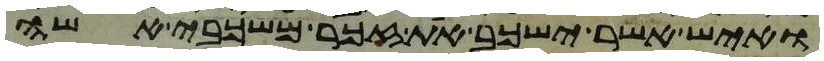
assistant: ואיש אשר ישכב את זכר משכבי אשה